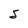
Character: S